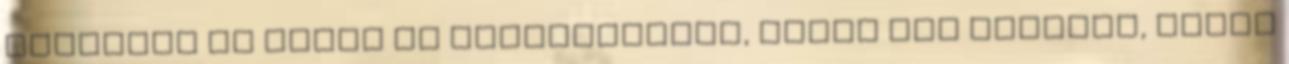
jegyezte el magát az építôiparral, ugyan nem kômûves, hanem